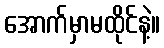
အောက်မှာမထိုင်နဲ့။